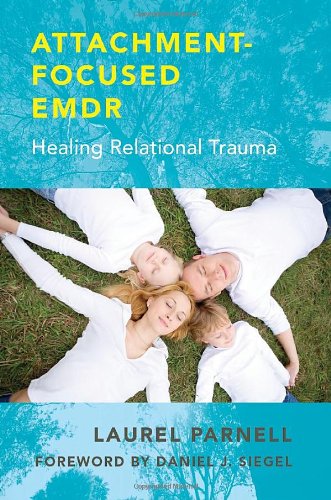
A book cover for Attachment-Focused EMDR: Healing Relational Trauma; Laurel Parnell; Medical Books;